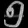
Digit: ၅